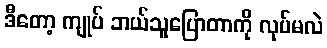
ဒီတော့ ကျုပ် ဘယ်သူပြောတာကို လုပ်မလဲ